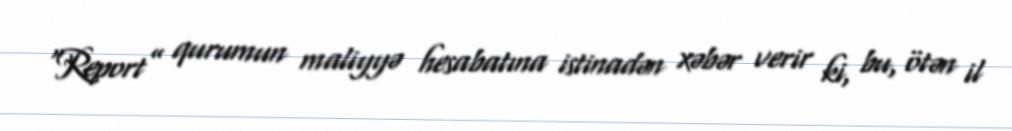
“Report” qurumun maliyyə hesabatına istinadən xəbər verir ki, bu, ötən il